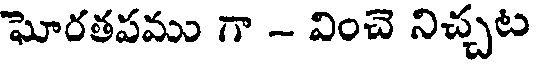
ఘోరతపము గా - వించె నిచ్చట